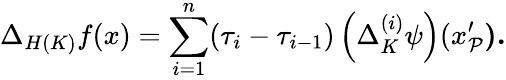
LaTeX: \Delta_{H(K)}f(x)=\sum_{i=1}^{n}(\tau_{i}-\tau_{i-1})\left(\Delta_{K}^{(i)}\psi\right)(x_{\mathcal{P}}^{\prime}\mathbf{).}